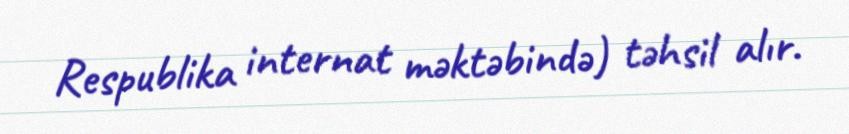
Respublika internat məktəbində) təhsil alır.